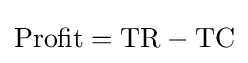
{\text{Profit}}={\text{TR}}-{\text{TC}}